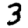
Digit: 3